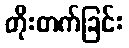
တိုးတက်ခြင်း